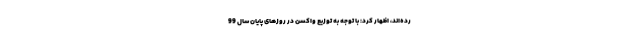
رده‌اند، اظهار کرد: با توجه به توزیع واکسن در روزهای پایان سال 99